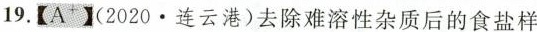
19.【A^{+}】(2020 · 连云港)去除难溶性杂质后的食盐样